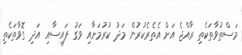
މަސްތުވާތަކެތި ރާއްޖެ އަށް އެތެރެކުރުން މަދު ކުރުމަށާއި ވަގު ފައިސާއި އަދި ގޮވާތަކެތި